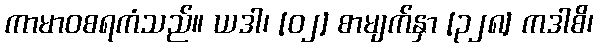
ကာမာဝစရကံသည်။ ယဒါ၊ [၀၂] စာမျက်နှာ [၃၂၈] ကဒါစိ၊